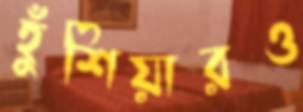
হুঁশিয়ারও